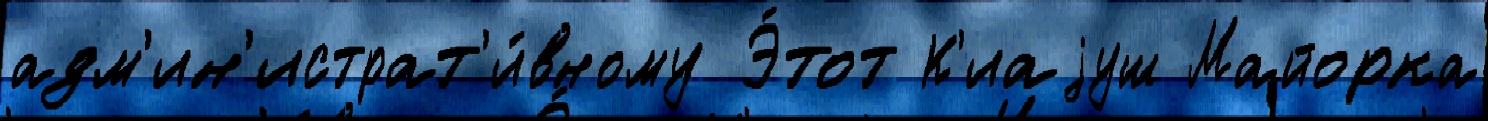
адм'ин'истрат'и́вному Э́тот К'иаjуш Майорка